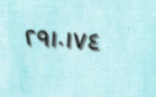
٢٩١٠١٧٤